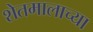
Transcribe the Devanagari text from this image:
शेतमालाच्या